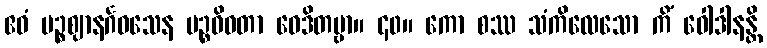
ဧဝံ ပဉ္စဈာနင်္ဂဝသေန ပဉ္စဝိဓတာ ဝေဒိတဗ္ဗာ။ ၄၀။ ကော စဿ သံကိလေသော ကိံ ဝေါဒါနန္တိ